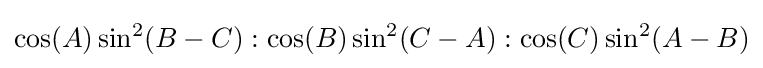
\cos(A)\sin ^{2}(B-C):\cos(B)\sin ^{2}(C-A):\cos(C)\sin ^{2}(A-B)